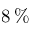
8 \, \%